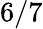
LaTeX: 6/7